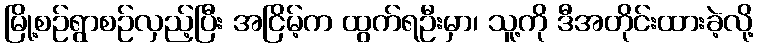
မြို့စဉ်ရွာစဉ်လှည့်ပြီး အငြိမ့်က ထွက်ရဦးမှာ၊ သူ့ကို ဒီအတိုင်းထားခဲ့လို့